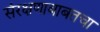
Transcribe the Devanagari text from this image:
संरक्षणाबाबतचा